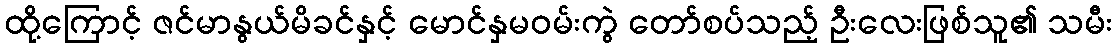
ထို့ကြောင့် ဇင်မာနွယ်မိခင်နှင့် မောင်နှမဝမ်းကွဲ တော်စပ်သည့် ဦးလေးဖြစ်သူ၏ သမီး